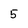
Character: 5